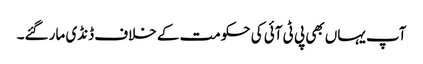
آپ یہاں بھی پی ٹی آئی کی حکومت کے خلاف ڈنڈی مار گئے۔